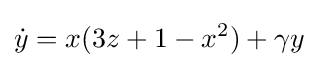
{\dot {y}}=x(3z+1-x^{2})+\gamma y